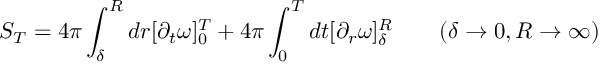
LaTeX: S _ { T } = 4 \pi \int _ { \delta } ^ { R } d r [ \partial _ { t } \omega ] _ { 0 } ^ { T } + 4 \pi \int _ { 0 } ^ { T } d t [ \partial _ { r } \omega ] _ { \delta } ^ { R } \qquad ( \delta \rightarrow 0 , R \rightarrow \infty )